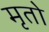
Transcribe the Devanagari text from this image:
मृतो